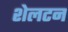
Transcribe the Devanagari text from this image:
शेलटन